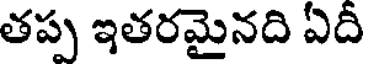
తప్ప ఇతరమైనది ఏదీ